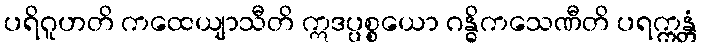
ပရိဂူဟတိ ကထေယျာသီတိ ဣဒပ္ပစ္စယော ဂန္ဓိကသေဏီတိ ပရက္ကန္တံ